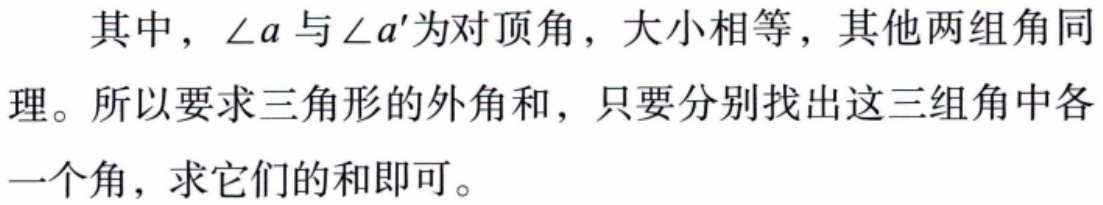
其中，\(\angle a\)与\(\angle a'\)为对顶角，大小相等，其他两组角同理。所以要求三角形的外角和，只要分别找出这三组角中各一个角，求它们的和即可。